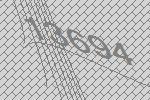
13694